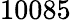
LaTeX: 10085